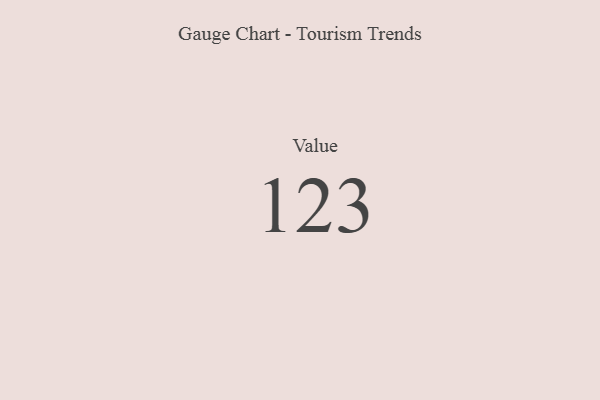
{"axis": {"x": "Metric", "y": "Value"}, "legend": [""], "data": [{"x": "Value", "y": 123, "type": ""}]}